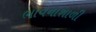
ભાવનાશાળી